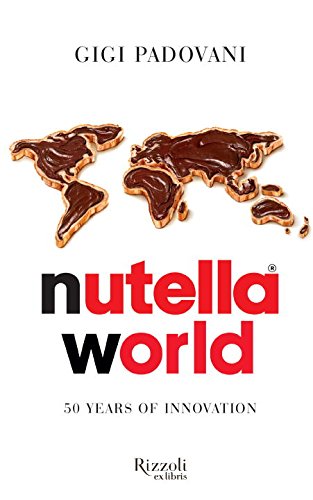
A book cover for Nutella World: 50 Years of Innovation; Gigi Padovani; Cookbooks, Food & Wine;